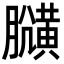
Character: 𪏍